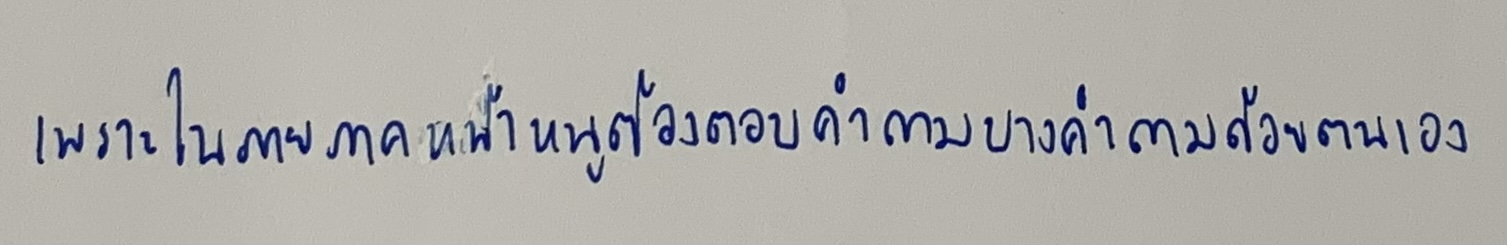
เพราะในภายภาคหน้าหนูต้องตอบคำถามบางคำถามด้วยตนเอง